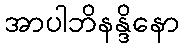
အာပါဘိနန္ဒိနော